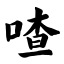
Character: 喳